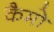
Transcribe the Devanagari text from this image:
कैमो